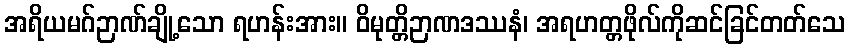
အရိယမဂ်ဉာဏ်ချို့သော ရဟန်းအား။ ဝိမုတ္တိဉာဏဒဿနံ၊ အရဟတ္တဖိုလ်ကိုဆင်ခြင်တတ်သေ